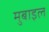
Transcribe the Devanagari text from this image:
मुबाइल